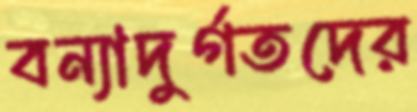
বন্যাদুর্গতদের